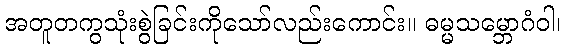
အတူတကွသုံးစွဲခြင်းကိုသော်လည်းကောင်း။ ဓမ္မသမ္ဘောဂံဝါ၊